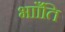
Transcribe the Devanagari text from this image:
भााँति